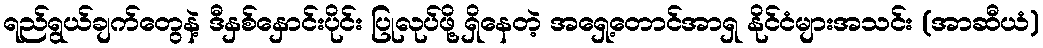
ရည်ရွယ်ချက်တွေနဲ့ ဒီနှစ်နှောင်းပိုင်း ပြုလုပ်ဖို့ ရှိနေတဲ့ အရှေ့တောင်အာရှ နိုင်ငံများအသင်း (အာဆီယံ)